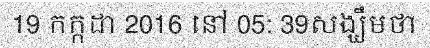
19 កក្កដា 2016 នៅ 05: 39សង្ឃឹមថា